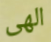
الهى